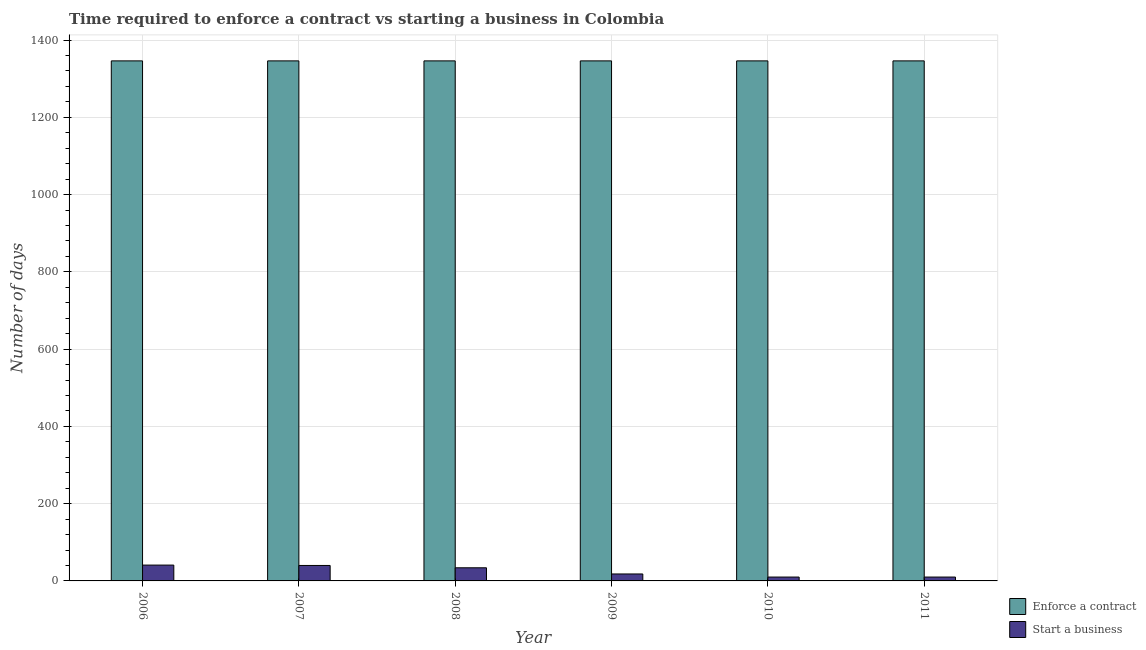
| Year | Enforce a contract | Start a business |
 | --- | --- | --- |
 | 2006 | 1.35e+03 | 41 |
 | 2007 | 1.35e+03 | 40 |
 | 2008 | 1.35e+03 | 34 |
 | 2009 | 1.35e+03 | 18 |
 | 2010 | 1.35e+03 | 10 |
 | 2011 | 1.35e+03 | 10 |